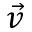
\vec { v }